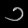
Digit: ၁